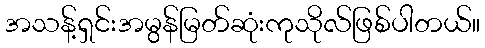
အသန့်ရှင်းအမွန်မြတ်ဆုံးကုသိုလ်ဖြစ်ပါတယ်။